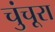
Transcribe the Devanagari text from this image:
चुंचूरा